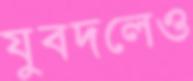
যুবদলেও